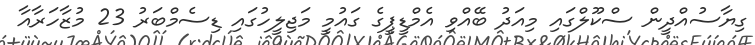
ގިޔާސުއްދީން ސްކޫލްގައި މިއަދު ބޭއްވި އެމްޑީޕީގެ ގައުމީ މަޖިލީހުގައި ޑިސެމްބަރު 23 މުޒާހަރާއާ